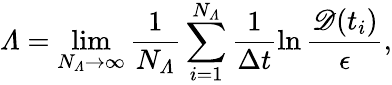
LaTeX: \varLambda=\operatorname*{lim}_{N_{\varLambda}\to\infty}\frac{1}{N_{\varLambda}}\sum_{i=1}^{N_{\varLambda}}\frac{1}{\Delta t}\ln\frac{\mathscr{D}(t_{i})}{\epsilon},